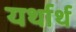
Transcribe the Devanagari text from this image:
यर्थार्थ